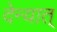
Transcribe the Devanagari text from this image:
देन्यात्